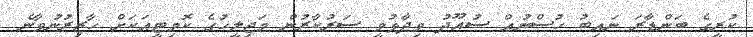
ކުރީގެ ބަންޑާރަ ނައިބު ހުސްނުއް ސުއޫދު ވިދާޅުވީ ސަރުކާރުން މަޖިލީހުގެ ކޮމިޓީއަކަށް ހާޒިރުނުވާނެ